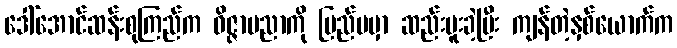
ဒေါ်အောင်ဆန်းစုကြည်က ဝိဇ္ဇာပညာကို ပြည်ပမှာ ဆည်းပူးခဲ့ပြီး ကျန်တဲ့နှစ်ယောက်က